Sanitation, dispensaries and jails vaccination Rajputana 1922-1927 - 1922-1927
Year: 1922
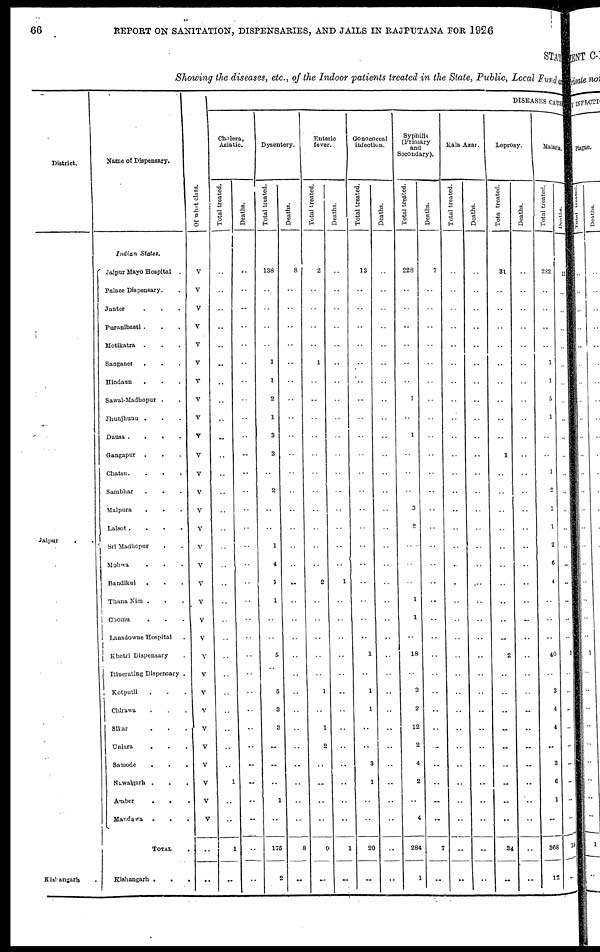
66
REPORT ON SANITATION, DISPENSARIES, AND JAILS IN RAJPUTANA FOR 1926
STATE
Showing the diseases, etc., of the Indoor patients treated in the State, Public, Local Fund and
District.
Jaipur
. .
Kishangarh .
Name of Dispensary.
Indian States.
Jaipur Mayo Hospital .
Palace Dispensary. .
Janter . . .
Puranibasti . . .
Motikatra
. . .
Sanganer . . .
Hindaun . . .
Sawai-Madhopur . .
Jhunjhunu . . .
Dausa .
.
.
.
Gangapur . . .
Chatsu. . . .
Sambhar . . .
Malpura . . .
Lalsot.
.
.
.
Sri Madhopur . .
Mohwa
.
.
.
Bandikui . . .
Thana Nim . . .
Chomu . . .
Lansdowne
Hospital .
Khetri Dispensary .
Itinerating Dispensary .
Kotputli . . .
Chirawa . . .
Sikar . . .
Uniara . . .
Samode . . .
Nawalgarh . . .
Amber
.
. .
Mandawa
.
.
TOTAL .
Kishangarh .
.
Of what class.
V
V
V
V
V
V
V
V
V
V
V
V
V
V
V
V
V
V
V
V
V
V
V
V
V
V
V
V
V
V
V
..
..
DISEASES CAUSES
Cholera,
Asiatic.
Total treated.
..
..
..
..
..
..
..
..
..
..
..
..
..
..
..
..
..
..
..
..
..
..
..
..
..
..
..
..
1
..
..
1
..
Deaths.
..
..
..
..
..
..
..
..
..
..
..
..
..
..
..
..
..
..
..
..
..
..
..
..
..
..
..
..
..
..
..
..
..
Dysentery.
Total treated.
138
..
..
..
..
1
1
2
1
3
3
..
2
..
..
1
4
1
1
..
..
5
..
5
3
3
..
..
..
1
..
175
2
Deaths.
8
..
..
..
..
..
..
..
..
..
..
..
..
..
..
..
..
..
..
..
..
..
..
..
..
..
..
..
..
..
..
8
..
Enteric
fever.
Total treated.
2
..
..
..
..
1
..
..
..
..
..
..
..
..
..
..
..
2
..
..
..
..
..
1
..
1
2
..
..
..
..
9
..
Deat hs .
..
..
..
..
..
..
..
..
..
..
..
..
..
..
..
..
..
1
..
..
..
..
..
..
..
..
..
..
..
..
..
1
..
Gonococcal
infection.
Total treated.
13
..
..
..
..
..
..
..
..
..
..
..
..
..
..
.. .. .. ..
.. .. 1 ..
1
1
..
..
3
1
..
..
20
..
Deat hs .
..
..
..
..
..
..
..
..
..
..
..
..
..
..
..
..
..
..
..
..
..
..
..
..
..
..
..
..
..
..
..
..
..
Syphilis
(Primary
and
Secondary).
Total treated.
228
..
..
..
..
..
..
1
..
1
..
..
..
3
2
..
..
..
1
1
..
18
..
3
2
12
2
4
2
..
4
284
1
Deaths.
7
..
..
..
..
..
..
..
..
..
..
..
..
..
..
..
..
..
..
..
..
..
..
..
..
..
..
..
..
..
..
7
..
Kala Azar.
Total treated.
..
..
..
..
..
..
..
..
..
..
..
..
..
..
..
..
..
..
..
..
..
..
..
..
..
..
..
..
..
..
..
..
..
Deaths.
..
..
..
..
..
..
..
..
..
..
..
..
..
..
..
..
..
..
..
..
..
..
..
..
..
..
..
..
..
..
..
..
..
Leprosy.
Tot al t
r eat ed.
31
..
..
..
..
..
..
..
..
..
1
..
..
..
..
..
..
..
..
..
..
2
..
..
..
..
..
..
..
..
..
34
..
Deat hs .
..
..
..
..
..
..
..
..
..
..
..
..
..
..
..
..
..
..
..
..
..
..
..
..
..
..
..
..
..
..
..
..
..
Malaria.
Total treated.
282
..
..
..
..
1
1
5
1
..
..
1
2
1
1
2
6
4
..
..
..
40
..
3
4
4
..
3
6
1
..
368
12
Deaths.
12
..
..
..
..
..
..
..
..
..
..
..
..
..
..
..
..
..
..
..
..
3
..
..
..
..
..
..
..
..
..
15
..